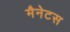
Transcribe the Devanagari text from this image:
मैनेटस